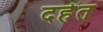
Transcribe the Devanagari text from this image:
दहेत